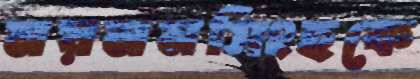
ময়মনসিংহকে